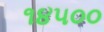
૧૪૫૦૦